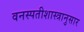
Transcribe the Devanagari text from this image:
वनस्पतीशास्त्रानुसार